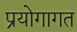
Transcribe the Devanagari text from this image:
प्रयोगागत